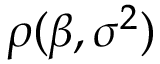
\rho ( { \boldsymbol { \beta } } , \sigma ^ { 2 } )